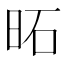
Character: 𪰒